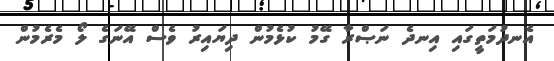
އެނދުމަތީގައި އިނދެ ނަޞްރާ ގޭމު ކުޅެމުން ދިޔައިރު ވެސް އޭނަގެ ލޯ މެރެމުން